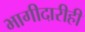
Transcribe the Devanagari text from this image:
भागीदारीही